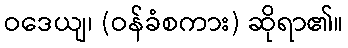
ဝဒေယျ၊ (ဝန်ခံစကား) ဆိုရာ၏။